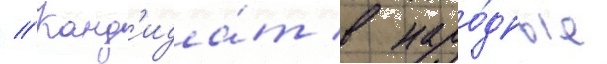
// Канд'ида́т в наро́дные